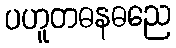
ပဟူတဓနဓညေ